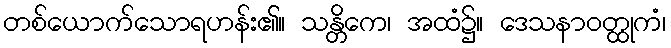
တစ်ယောက်သောရဟန်း၏။ သန္တိကေ၊ အထံ၌။ ဒေသနာဝတ္ထုကံ၊